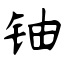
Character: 铀